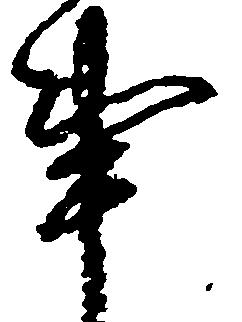
事